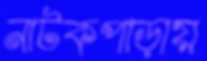
নাটকপাড়ায়